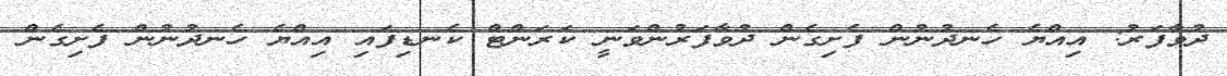
ދުވާފަރު: އިއްޔެ ހެނދުނުން ފެށިގެން ދުވާފަރުންވަނީ ކަރަންޓް ކެނޑިފައި އިއްޔެ ހެނދުނުން ފެށިގެން